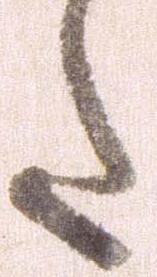
た